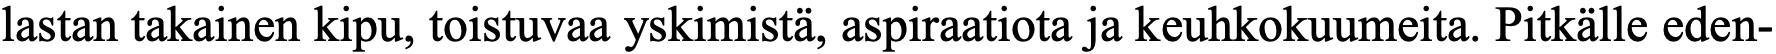
lastan takainen kipu, toistuvaa yskimistä, aspiraatiota ja keuhkokuumeita. Pitkälle eden-